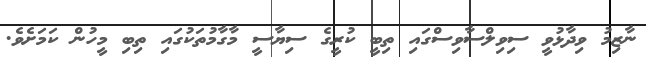
ނާޒިމު ވިދާޅުވީ ސިވިލްސާވިސްގައި ތިބީ ކުރީގެ ސިޔާސީ މާގާމުތަކުގައި ތިބި މީހުން ކަމަށެވެ.